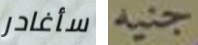
سأغادر جنيه